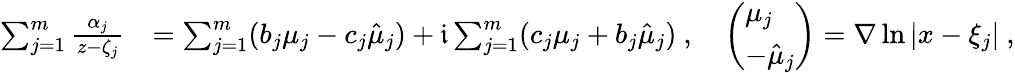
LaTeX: \begin{array}{rl}{\sum_{j=1}^{m}\frac{\alpha_{j}}{z-\zeta_{j}}}&{=\sum_{j=1}^{m}(b_{j}\mu_{j}-c_{j}\hat{\mu}_{j})+\mathfrak i\sum_{j=1}^{m}(c_{j}\mu_{j}+b_{j}\hat{\mu}_{j})~,\quad\left(\begin{array}{l}{\mu_{j}}\\ {-\hat{\mu}_{j}}\end{array}\right)=\nabla\ln|x-\xi_{j}|~,}\end{array}